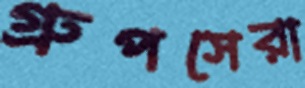
গ্রুপসেরা